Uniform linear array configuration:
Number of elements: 64
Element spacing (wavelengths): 1
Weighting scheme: exponential
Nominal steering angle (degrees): -45
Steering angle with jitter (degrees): -44.882
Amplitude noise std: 0.05
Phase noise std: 0.05

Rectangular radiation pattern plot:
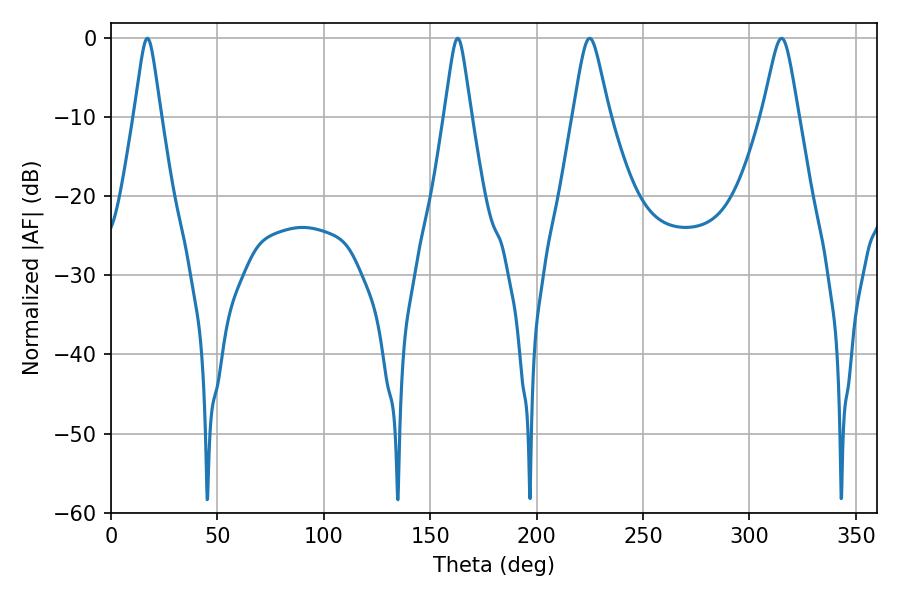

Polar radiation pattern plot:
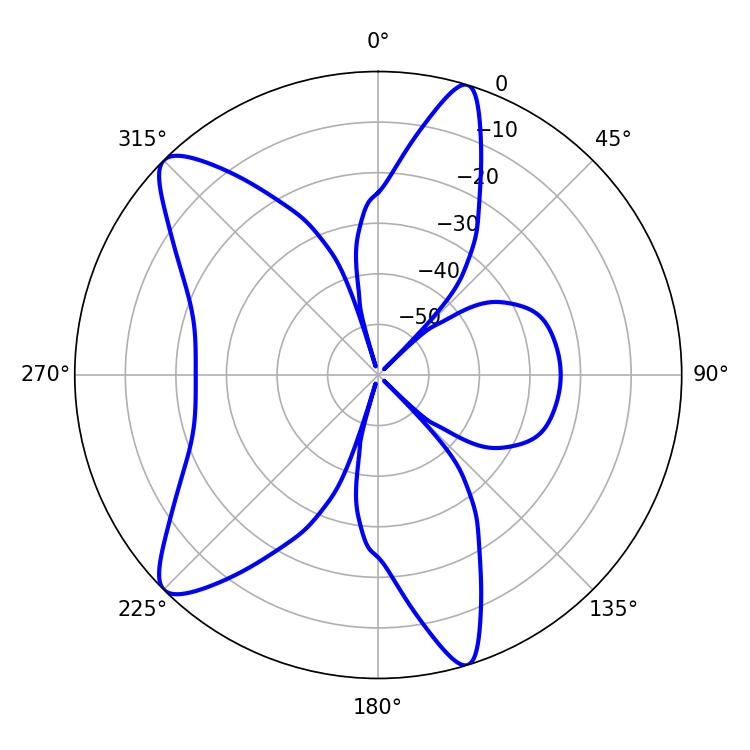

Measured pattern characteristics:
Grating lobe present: TRUE
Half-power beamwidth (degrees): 5.76
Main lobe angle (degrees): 17.1